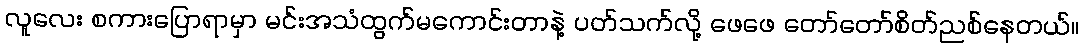
လူလေး စကားပြောရာမှာ မင်းအသံထွက်မကောင်းတာနဲ့ ပတ်သက်လို့ ဖေဖေ တော်တော်စိတ်ညစ်နေတယ်။